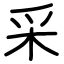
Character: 采